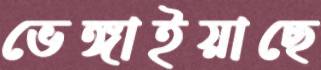
ভেঙ্গাইয়াছে